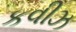
કવીઝ